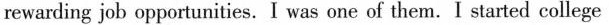
rewarding job opportunities. I was one of them. I started college